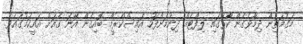
މަގުމަތިން ދިމާވެގެން ކާރުގައި ލިފްޓެއް ދިނުމަށްފަހު އައިސްކްރީމް ބޮއިގެން އޭނަ ގެއަށް އައީކަމުގައެވެ.